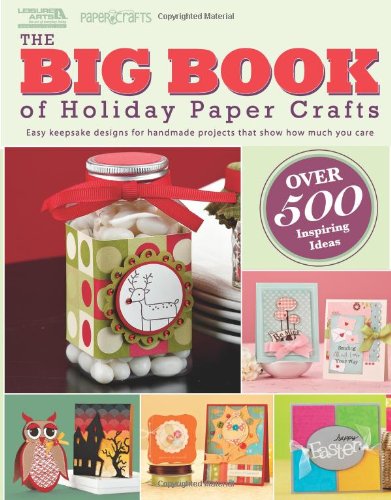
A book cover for The Big Book of Holiday Paper Crafts (Leisure Arts #5558): The Big Book of Holiday Paper Crafts SC; Crafts Media LLC; Crafts, Hobbies & Home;